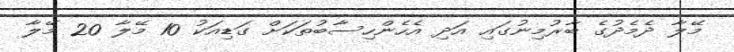
މޭލާ ދެމެދުގެ ބާރުމިނުގައި އަދި އެހެންހިސާބުތަކަށް ގަޑިއަކު 10 މޭލާ 20 މޭލާ